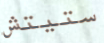
ستيتش